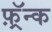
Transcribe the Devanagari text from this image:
फ़्रॅन्क